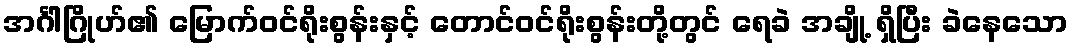
အင်္ဂါဂြိုဟ်၏ မြောက်ဝင်ရိုးစွန်းနှင့် တောင်ဝင်ရိုးစွန်းတို့တွင် ရေခဲ အချို့ ရှိပြီး ခဲနေသော